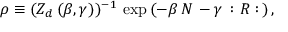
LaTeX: \rho \equiv ( Z _ { d } \, ( \beta , \gamma ) ) ^ { - 1 } \, \exp \, ( - \beta \, N \, - \gamma \, : { \cal R } : \, ) \, ,